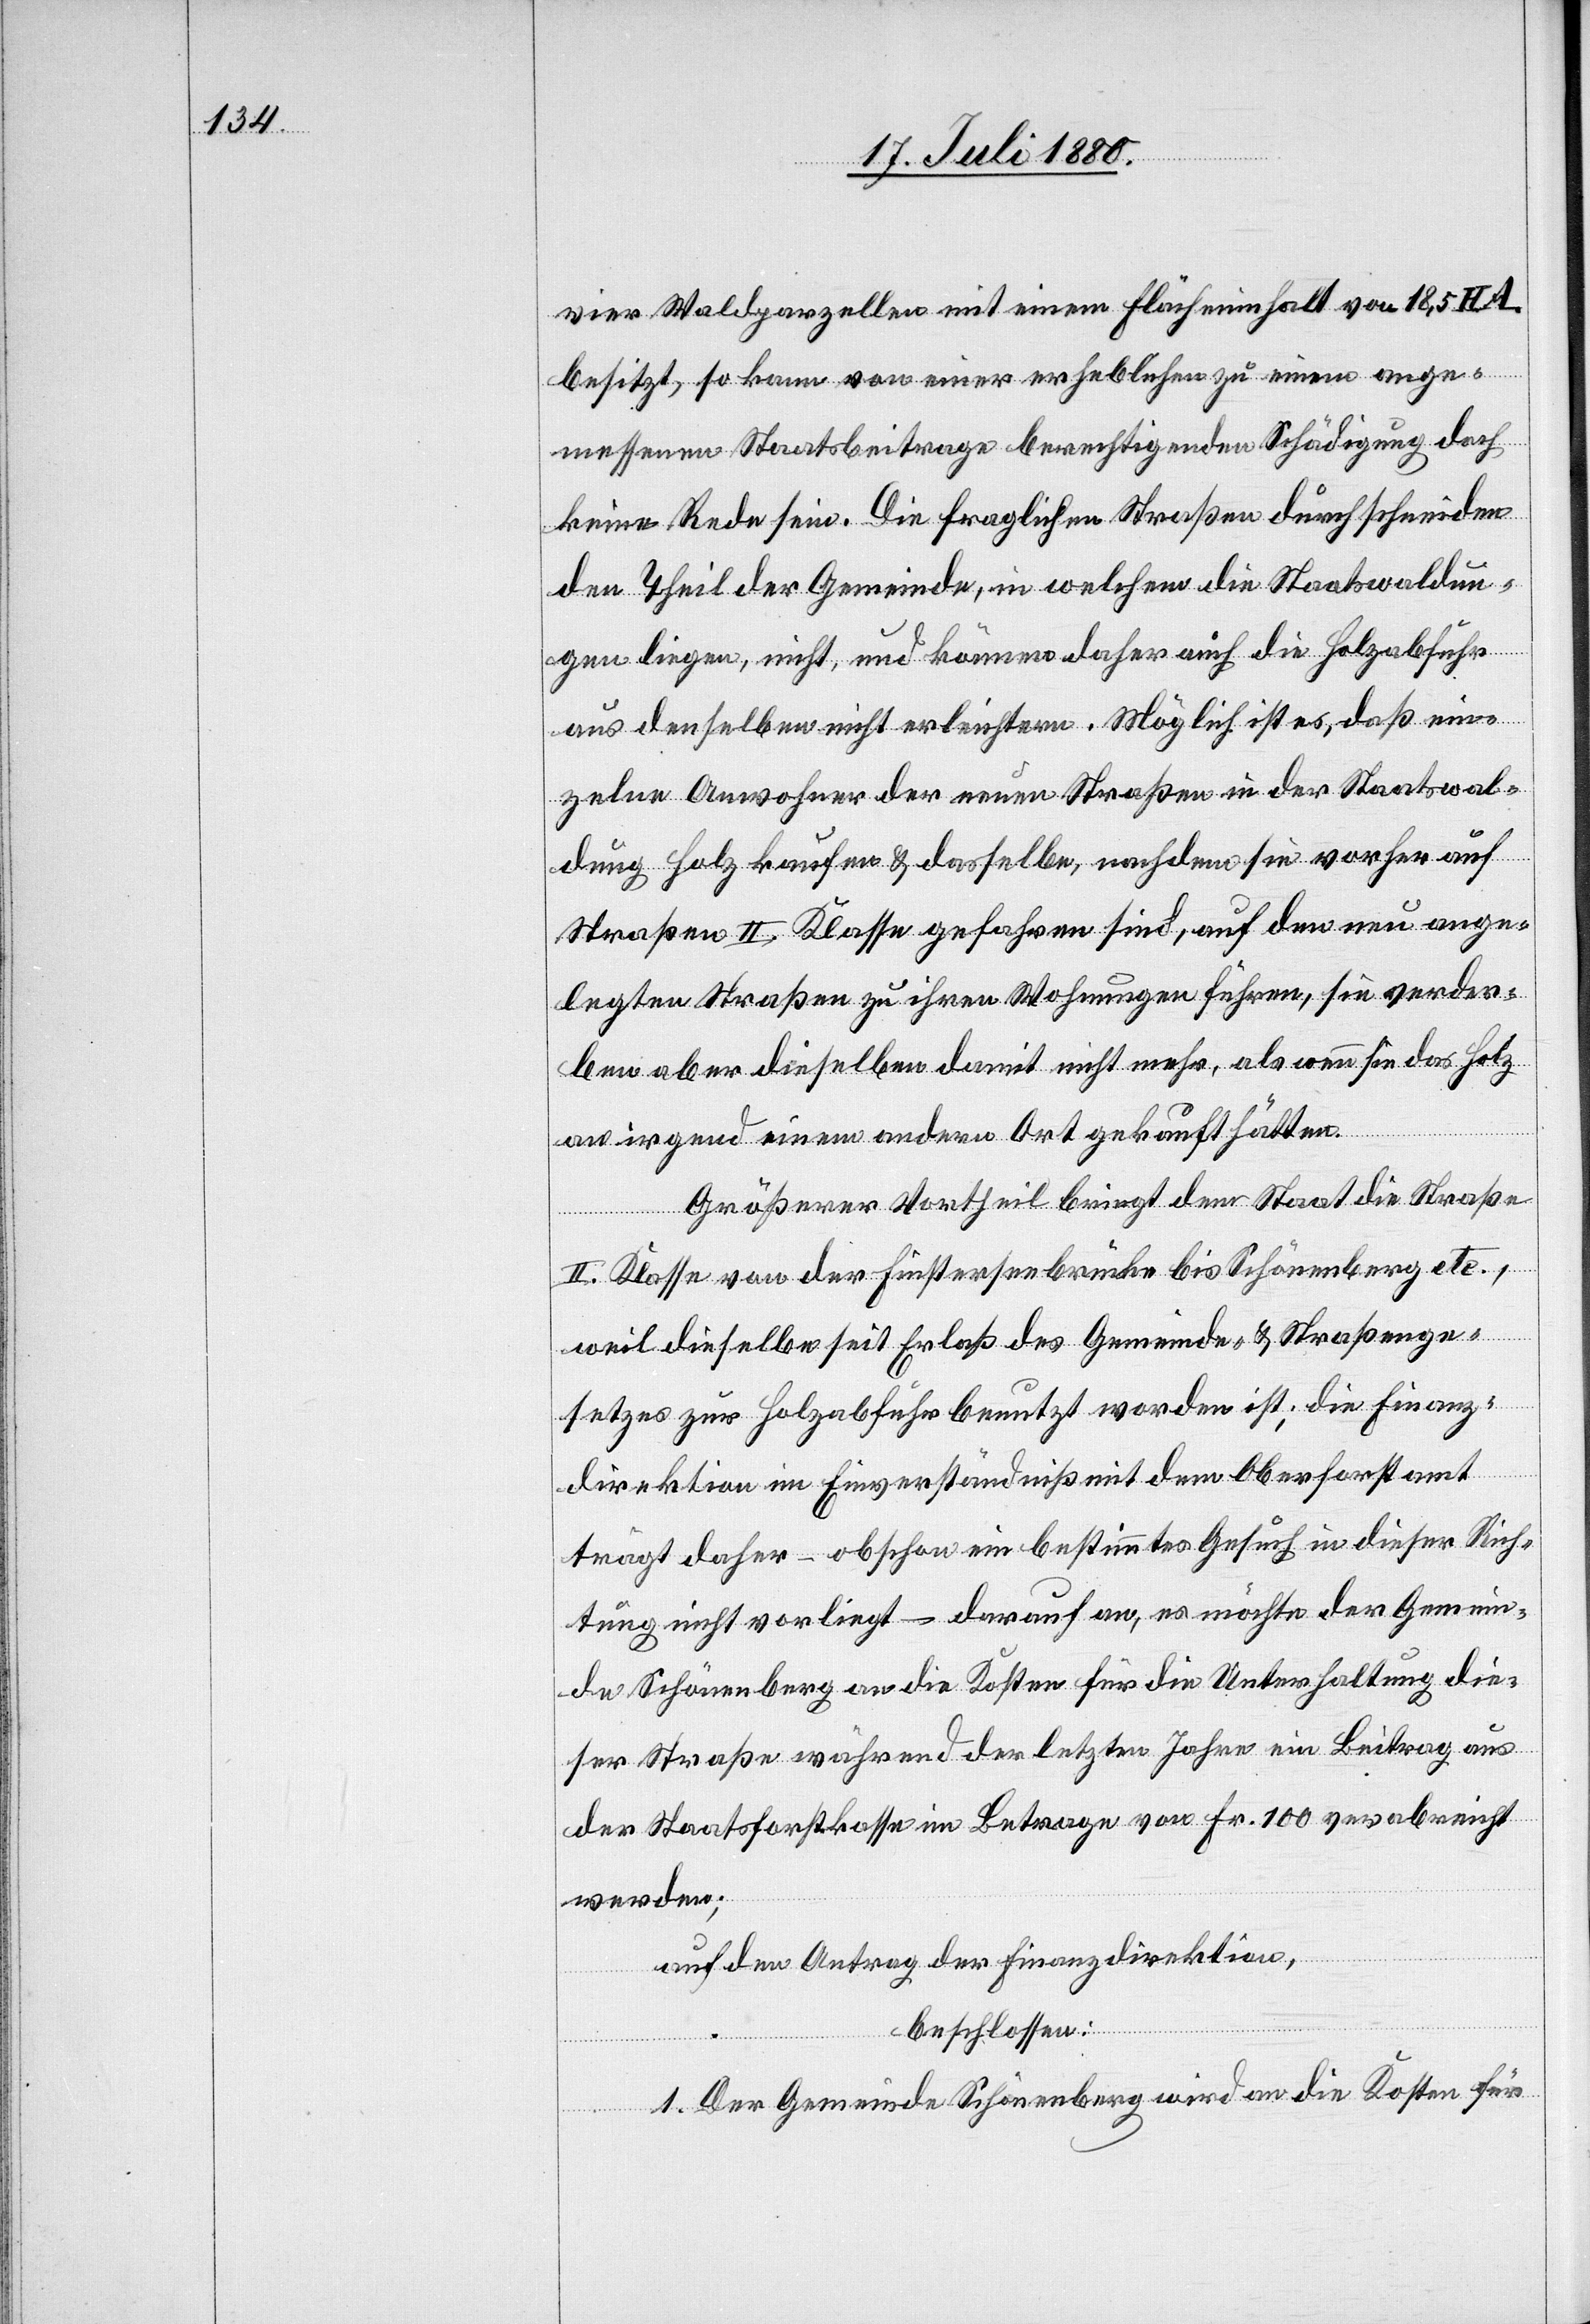
vier Waldparzellen mit einem Flächeninhalt von 18,5 HA.
besitzt, so kann von einer erheblichen zu einem ange¬
messenen Staatsbeitrage berechtigenden Schädigung doch
keine Rede sein. Die fraglichen Straßen durchschneiden
den Theil der Gemeinde, in welchem die Staatswaldun¬
gen liegen, nicht und können daher auch die Holzabfuhr
aus demselben nicht erleichtern. Möglich ist es, daß ein¬
zelne Anwohner der neuen Straßen in der Staatswal¬
dung Holz kaufen & dasselbe, nachdem sie vorher auf
Straßen II. Klasse gefahren sind, auf den neu ange¬
legten Straßen zu ihren Wohnungen fahren, sie verder¬
ben aber dieselben damit nicht mehr, als wenn sie das Holz
an irgend einem andern Ort gekauft hätten.
Größerer Vortheil bringt dem Staat die Straße
II. Klasse von der Finsterseebrücke bis Schönenberg etc.,
weil dieselben seit Erlaß des Gemeinde- & Straßenge¬
setzes zur Holzabfuhr benutzt worden ist; die Finanz¬
direktion im Einverständniß mit dem Oberforstamt
trägt daher – obschon ein bestimmtes Gesuch in dieser Rich¬
tung nicht vorliegt – darauf an, es möchte der Gemein¬
de Schönenberg an die Kosten für die Unterhaltung die¬
ser Straße während der letzten Jahre ein Beitrag aus
der Staatsforstkasse im Betrage von Fr. 100 verabreicht
werden;
auf den Antrag der Finanzdirektion,
beschlossen:
1. Die Gemeinde Schönenberg wird an die Kosten für